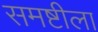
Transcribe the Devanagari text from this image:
समष्टीला